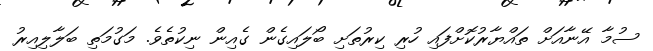
ސުމާ އޭނާއަށް ތައްޔާރުކޮށްފައި ހުރި ކިރުތަށި ބޯލައިގެން ގެއިން ނިކުތެވެ. މަގުމަތި ބަލާލިއިރު